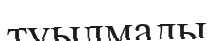
туылмады